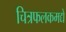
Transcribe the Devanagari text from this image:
चित्रफलकमद्ये